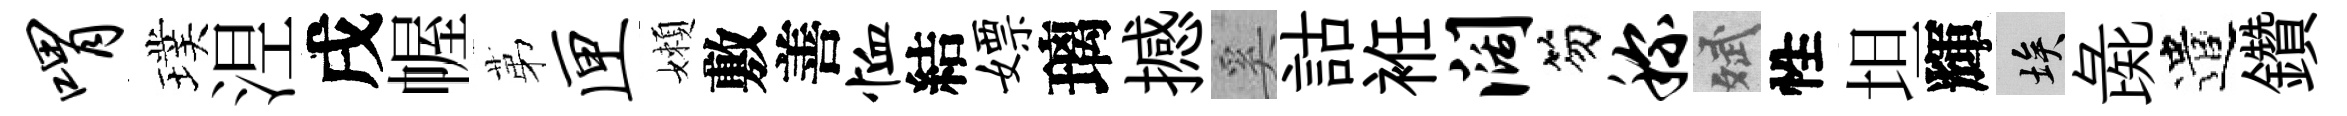
喟璞𣵀戌幄苐匣嬾敷善恤結嫖璃撼奚詁袵阔笏称斌性坦輝埃彘遣鑽